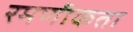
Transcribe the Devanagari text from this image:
रमणीकता